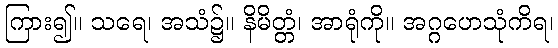
ကြား၍။ သရေ၊ အသံ၌။ နိမိတ္တံ၊ အာရုံကို။ အဂ္ဂဟေသုံကိရ၊